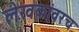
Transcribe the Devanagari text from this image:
लेखकांवरच